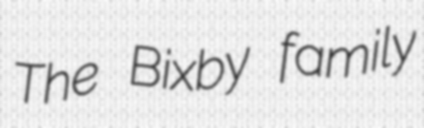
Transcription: The Bixby family